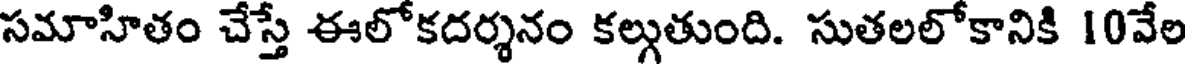
సమాహితం చేస్తే ఈలోకదర్శనం కల్గుతుంది. సుతలలోకానికి 10వేల